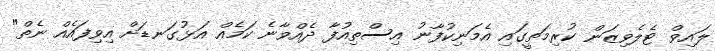
ލައިވް ޓެލެވިޒަން ކުރިމަތީގައި އެމަނިކުފާނު އިސްތިއުފާ ދެއްވާނެ ކަމެއް އަޅުގަނޑަށް އިވިފައެއް ނެތް"